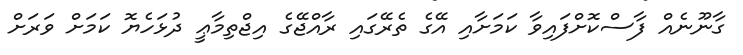
ގާނޫނެއް ފާސްކޮށްފައިވާ ކަމަށާއި އޭގެ ތެރޭގައި ރާއްޖޭގެ އިޖްތިމާޢީ ދުޅަހެޔޮ ކަމަށް ވަރަށް